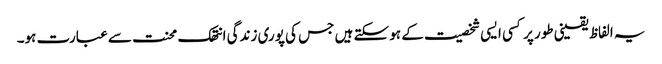
یہ الفاظ یقینی طور پر کسی ایسی شخصیت کے ہو سکتے ہیں جس کی پوری زندگی انتھک محنت سے عبارت ہو۔